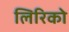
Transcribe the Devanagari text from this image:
लिरिको